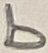
Text: b